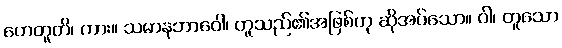
ဟေတူတိ၊ ကား။ သမာနဘာဝေါ၊ တူသည်၏အဖြစ်ဟု ဆိုအပ်သော။ ဝါ၊ တူသော